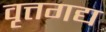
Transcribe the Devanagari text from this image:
वृत्तगद्य